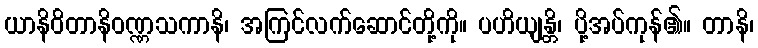
ယာနိဝိတာနိဝဏ္ဏသကာနိ၊ အကြင်လက်ဆောင်တို့ကို။ ပဟိယျန္တိ၊ ပို့အပ်ကုန်၏။ တာနိ၊